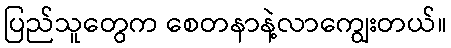
ပြည်သူတွေက စေတနာနဲ့လာကျွေးတယ်။